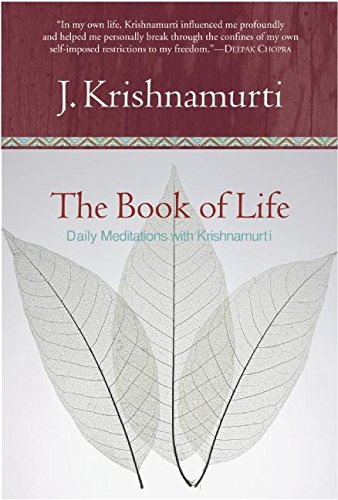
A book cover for The Book of Life: Daily Meditations with Krishnamurti; Jiddu Krishnamurti; Humor & Entertainment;